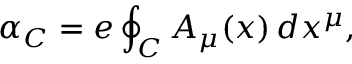
\alpha _ { C } = e \oint _ { C } A _ { \mu } ( x ) \, d x ^ { \mu } ,